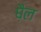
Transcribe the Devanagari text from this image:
घ़ैल